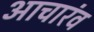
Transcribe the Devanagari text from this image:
आचारंव